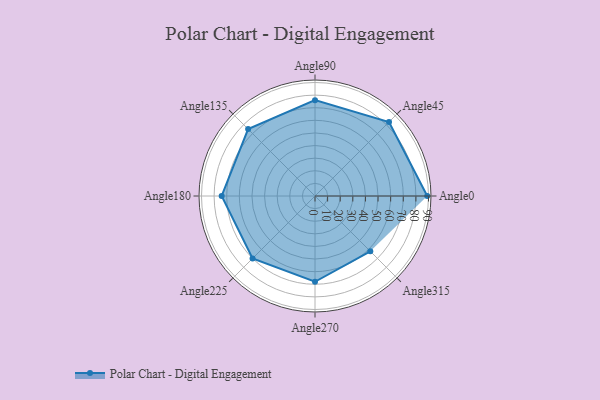
{"axis": {"x": "Angle", "y": "Radius"}, "legend": [""], "data": [{"x": "Angle0", "y": 89.0, "type": ""}, {"x": "Angle45", "y": 83.0, "type": ""}, {"x": "Angle90", "y": 76.0, "type": ""}, {"x": "Angle135", "y": 75.0, "type": ""}, {"x": "Angle180", "y": 74.0, "type": ""}, {"x": "Angle225", "y": 70.0, "type": ""}, {"x": "Angle270", "y": 68.0, "type": ""}, {"x": "Angle315", "y": 62.0, "type": ""}]}